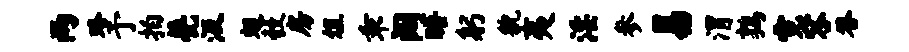
两珞予拍甍汲翅彀房俎乖阔晤躬貌夷淫参易渭鹑霓容答